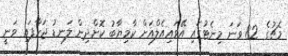
މެޗުގެ 82 ވަނަ މިނެޓުގައި އޭވައިއެލްއަށް ކާމިޔާބު ކޮށްދިން ލަނޑު ޖަހާފައި ވަނީ